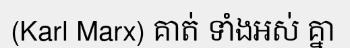
(Karl Marx) គាត់ ទាំងអស់ គ្នា